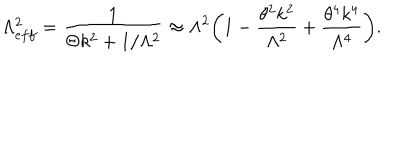
\Lambda _ { e f f } ^ { 2 } = \frac { 1 } { \Theta k ^ { 2 } + 1 / \Lambda ^ { 2 } } \approx \Lambda ^ { 2 } \biggl ( 1 - \frac { \theta ^ { 2 } k ^ { 2 } } { \Lambda ^ { 2 } } + \frac { \theta ^ { 4 } k ^ { 4 } } { \Lambda ^ { 4 } } \biggr ) .